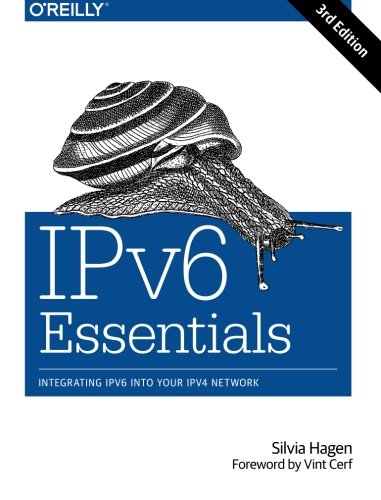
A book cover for IPv6 Essentials; Silvia Hagen; Computers & Technology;